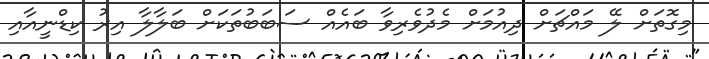
މިގޮތަށް ލޭ މައްޗަށް ދިއުމަށް މެދުވެރިވާ ބައެއް ސަބަބުތަކަށް ބަލާލާ އިރު ކިޑްނީއާއި